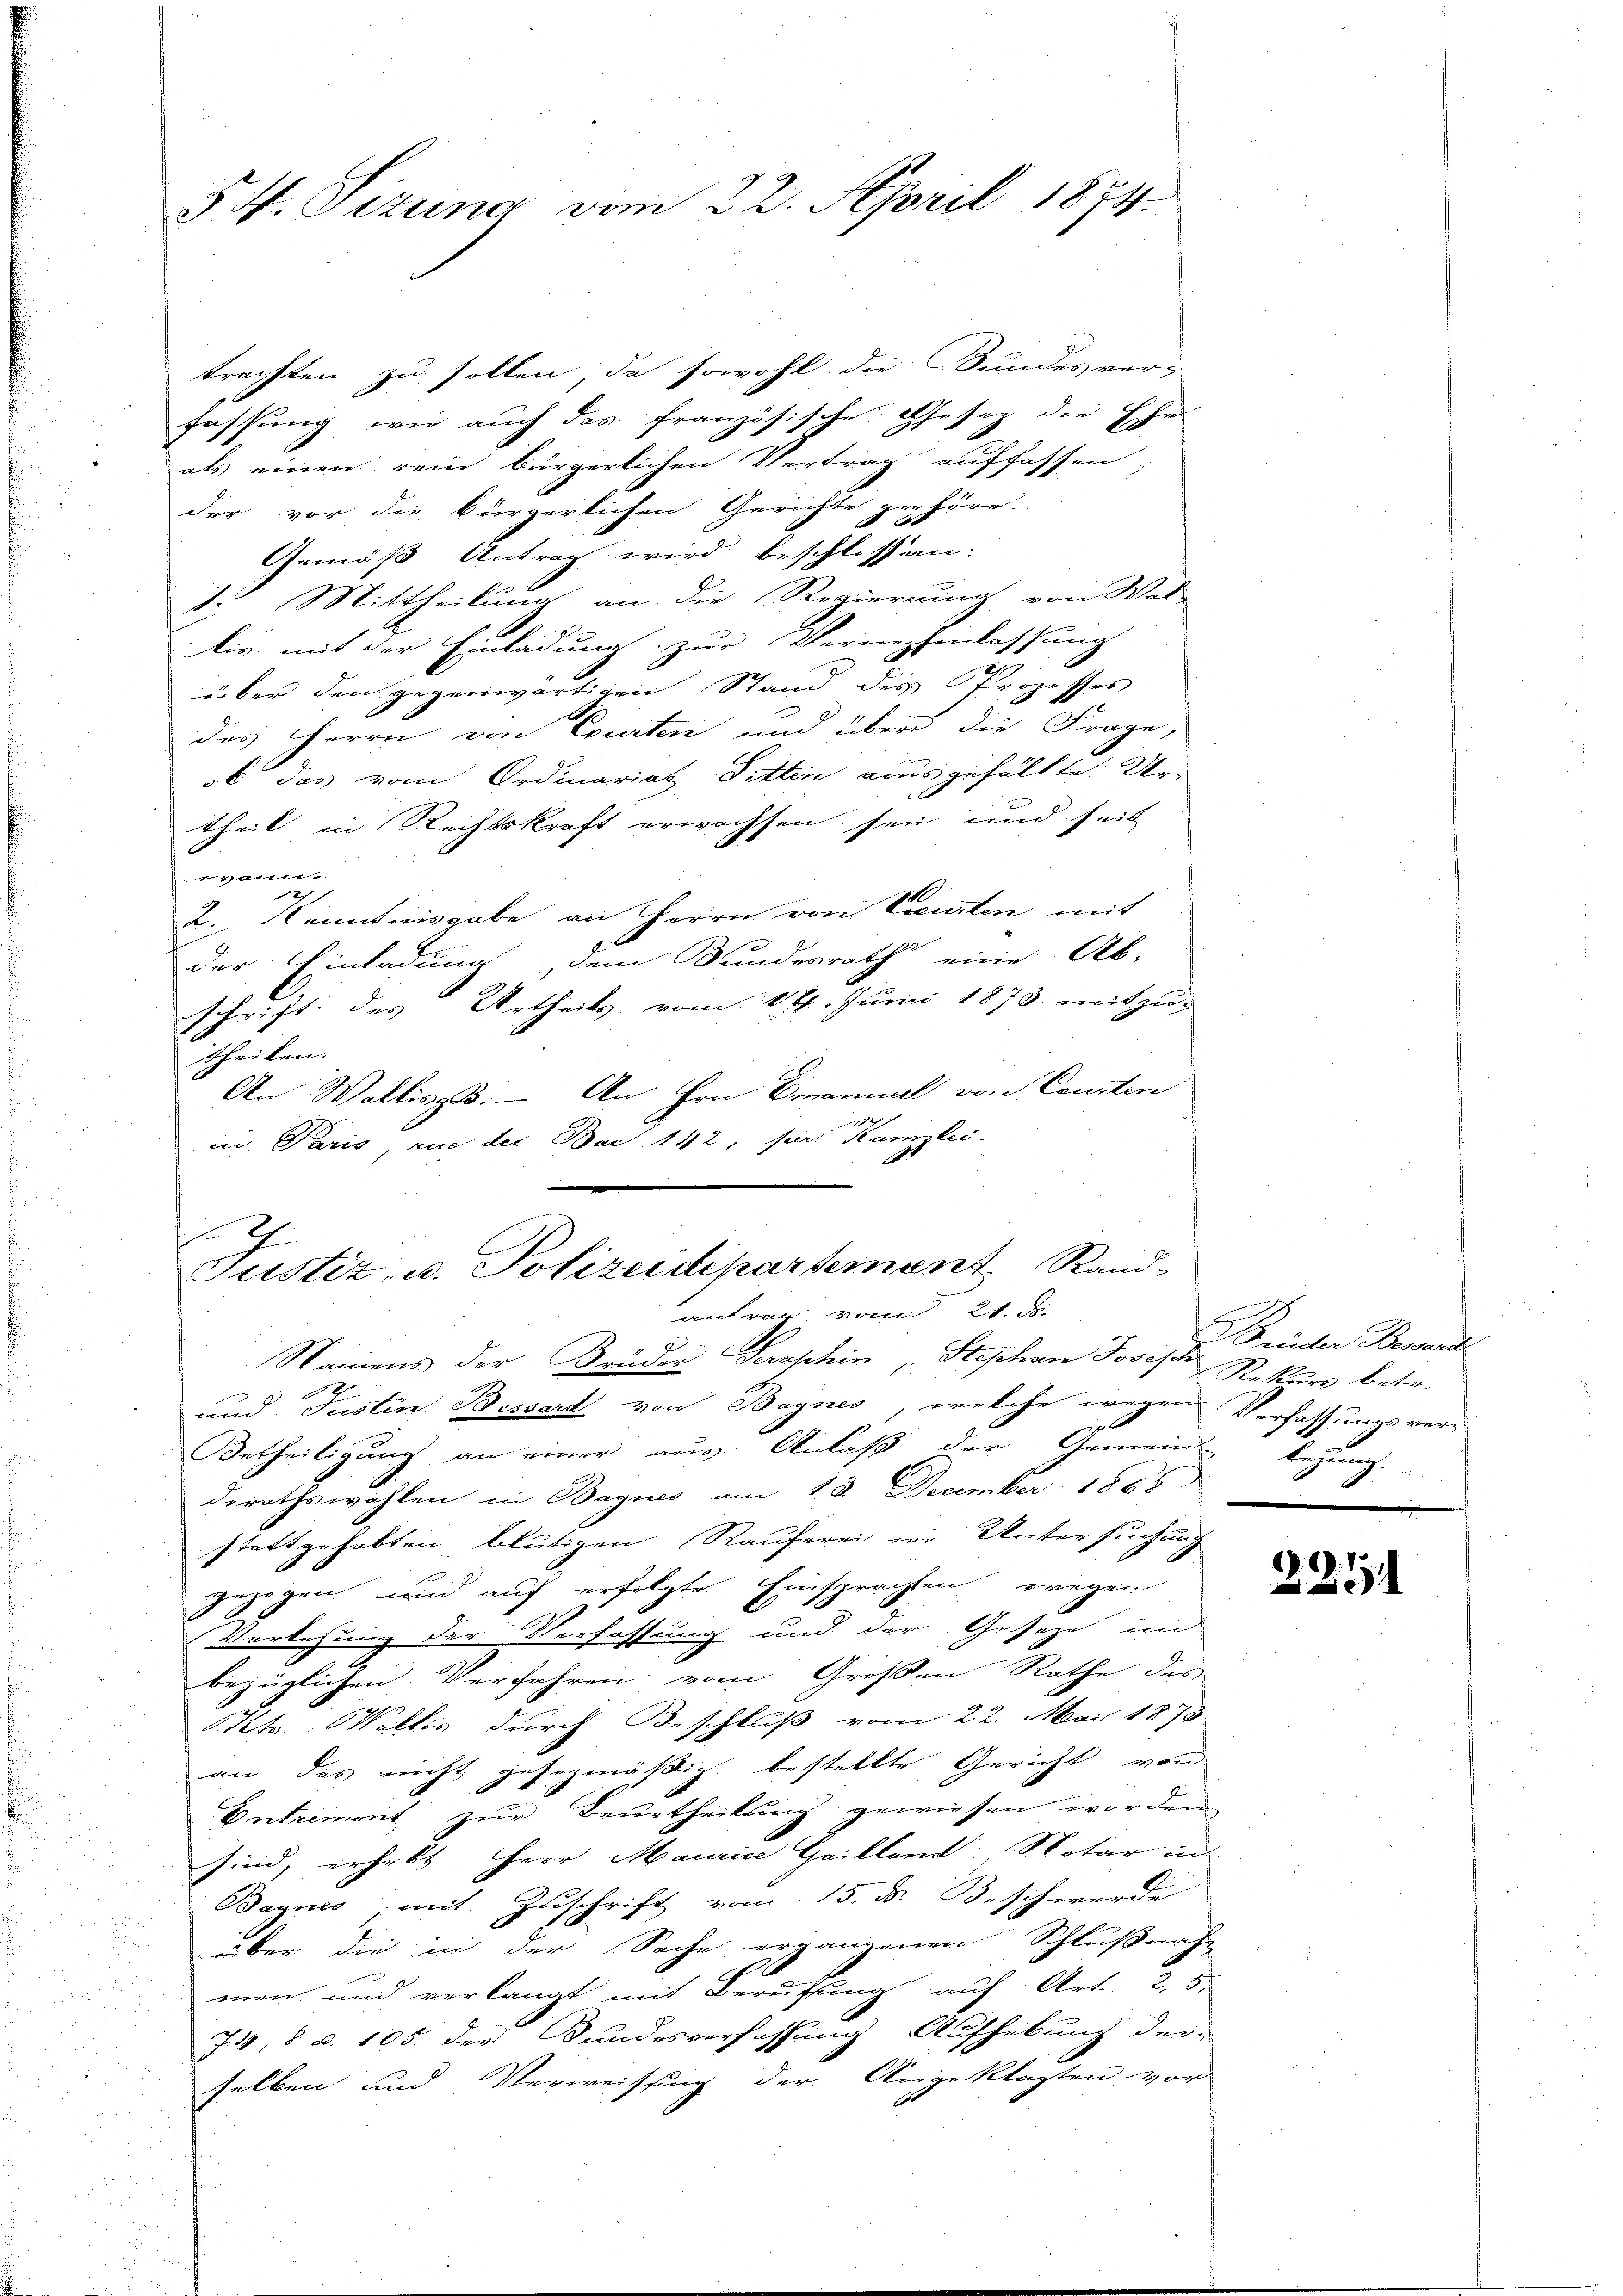
trachten zu sollen, da sowohl die Bundesver-
fassung, wie auch das französische Gesiz die Ehe
als einen rein bürgerlichen Vertrag auffassen
der vor die bürgerlichen Gerichte gehöre.
Gemäß Antrag wird beschlossen.
1. Mittheilung an die Regierung von Was
lis mit der Einladung zur Vernehmlassung
¬
2
über den gegenwärtigen Stand des Prozesses
des Herrn von Exurten und über die Frage,
ob das vom Ordinariat Sitten ausgefällte Ur-
theil in Rechtskraft erwachsen sei und seit
n
2
2. Kenntnisgabe an Herrn von Creuzten mit
der Einladung, dem Bundesrath eine Ab-
c
Schrift des Urtheils vom 11. Junii 1878 mitzutheilen.
An Wallisz 3. — An Hrn. Emanuel von Courten
in Paris, wie der Bac 142, per Kanzlei-
—

§ 4. Sizung vom 22. April 1874.

f
Justiz- u. Polizeidepartement. Rand-
antrag vom 21. Di

.

Namens der Brüder Serashin „Stephan Joseph Rekurs betr.
A
und: Justin. Bissard von Bagnes, welche wegen Verfassungsver-
Urtheiligung an einer aus. Anlaß der Gemeindlegung.
derathswahlen in Bagnes am 18. December 1865.
stattgehabten blütigen Rauferei in Untersuchung
gezogen und auf erfolgte Einsprachten wegen
Vorlesung der Verfassung und der Gesetze im
bezüglichen Verfahren vom Großen Rathe des
SKts. Wallis durch Beschluß vom 22. Mai 1873
an, das nicht gesezmäßig bestellte Gericht von
Intrement zur Beurtheilung gewiesen worden
sind, erhebt Herr Maurice Gailland, Notar ins
Bagnes mit Zuschrift vom 15. d. Beschwerde
über die in der Sache ergangenen Schlußnahe
men und verlangt mit Berufung auf Art. 2, 5
74, 5 u. 105. der Bundesverfassung Aufhebung der-

selben und Verweisung der Angeklagten vor

.
1

nider Bewende